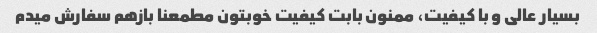
بسیار عالی و با کیفیت، ممنون بابت کیفیت خوبتون مطمعنا بازهم سفارش میدم